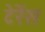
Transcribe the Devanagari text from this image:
टेर्रेंस